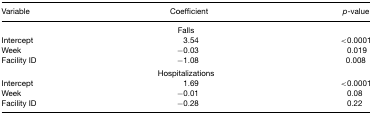
<table><thead><tr><td><b>Variable</b></td><td><b>Coefficient</b></td><td><b><i>p</i>-value</b></td></tr></thead><tbody><tr><td></td><td>Falls</td><td></td></tr><tr><td>Intercept</td><td>3.54</td><td>&lt;0.0001</td></tr><tr><td>Week</td><td>−0.03</td><td>0.019</td></tr><tr><td>Facility ID</td><td>−1.08</td><td>0.008</td></tr><tr><td></td><td>Hospitalizations</td><td></td></tr><tr><td>Intercept</td><td>1.69</td><td>&lt;0.0001</td></tr><tr><td>Week</td><td>−0.01</td><td>0.08</td></tr><tr><td>Facility ID</td><td>−0.28</td><td>0.22</td></tr></tbody></table>